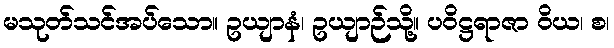
မသုတ်သင်အပ်သော။ ဥယျာနံ၊ ဥယျာဉ်သို့။ ပဝိဋ္ဌရာဇာ ဝိယ၊ စ၊